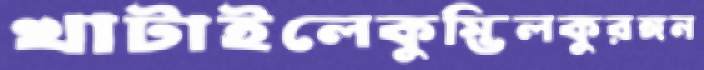
খাটাইলেকুম্ভিলকুরঙ্গন